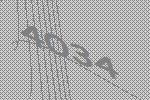
4034